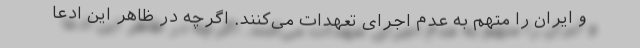
و ایران را متهم به عدم اجرای تعهدات می‌کنند. اگرچه در ظاهر این ادعا